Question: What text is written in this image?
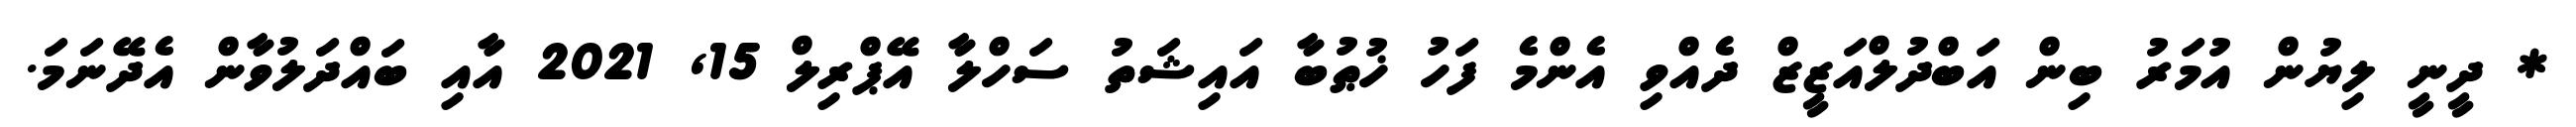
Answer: * ދީނީ ލިޔުން އުމަރު ބިން އަބްދުލްއަޒީޒް ދެއްވި އެންމެ ފަހު ޚުޠުބާ އައިޝަތު ސަހްލާ އޭޕްރިލް 15, 2021 އާއި ބައްދަލުވާން އެދޭނަމަ.